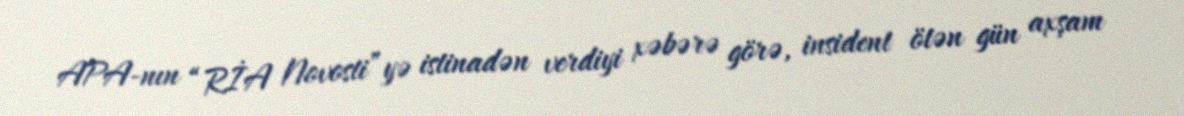
APA-nın “RİA Novosti”yə istinadən verdiyi xəbərə görə, insident ötən gün axşam